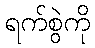
ရက်စွဲကို